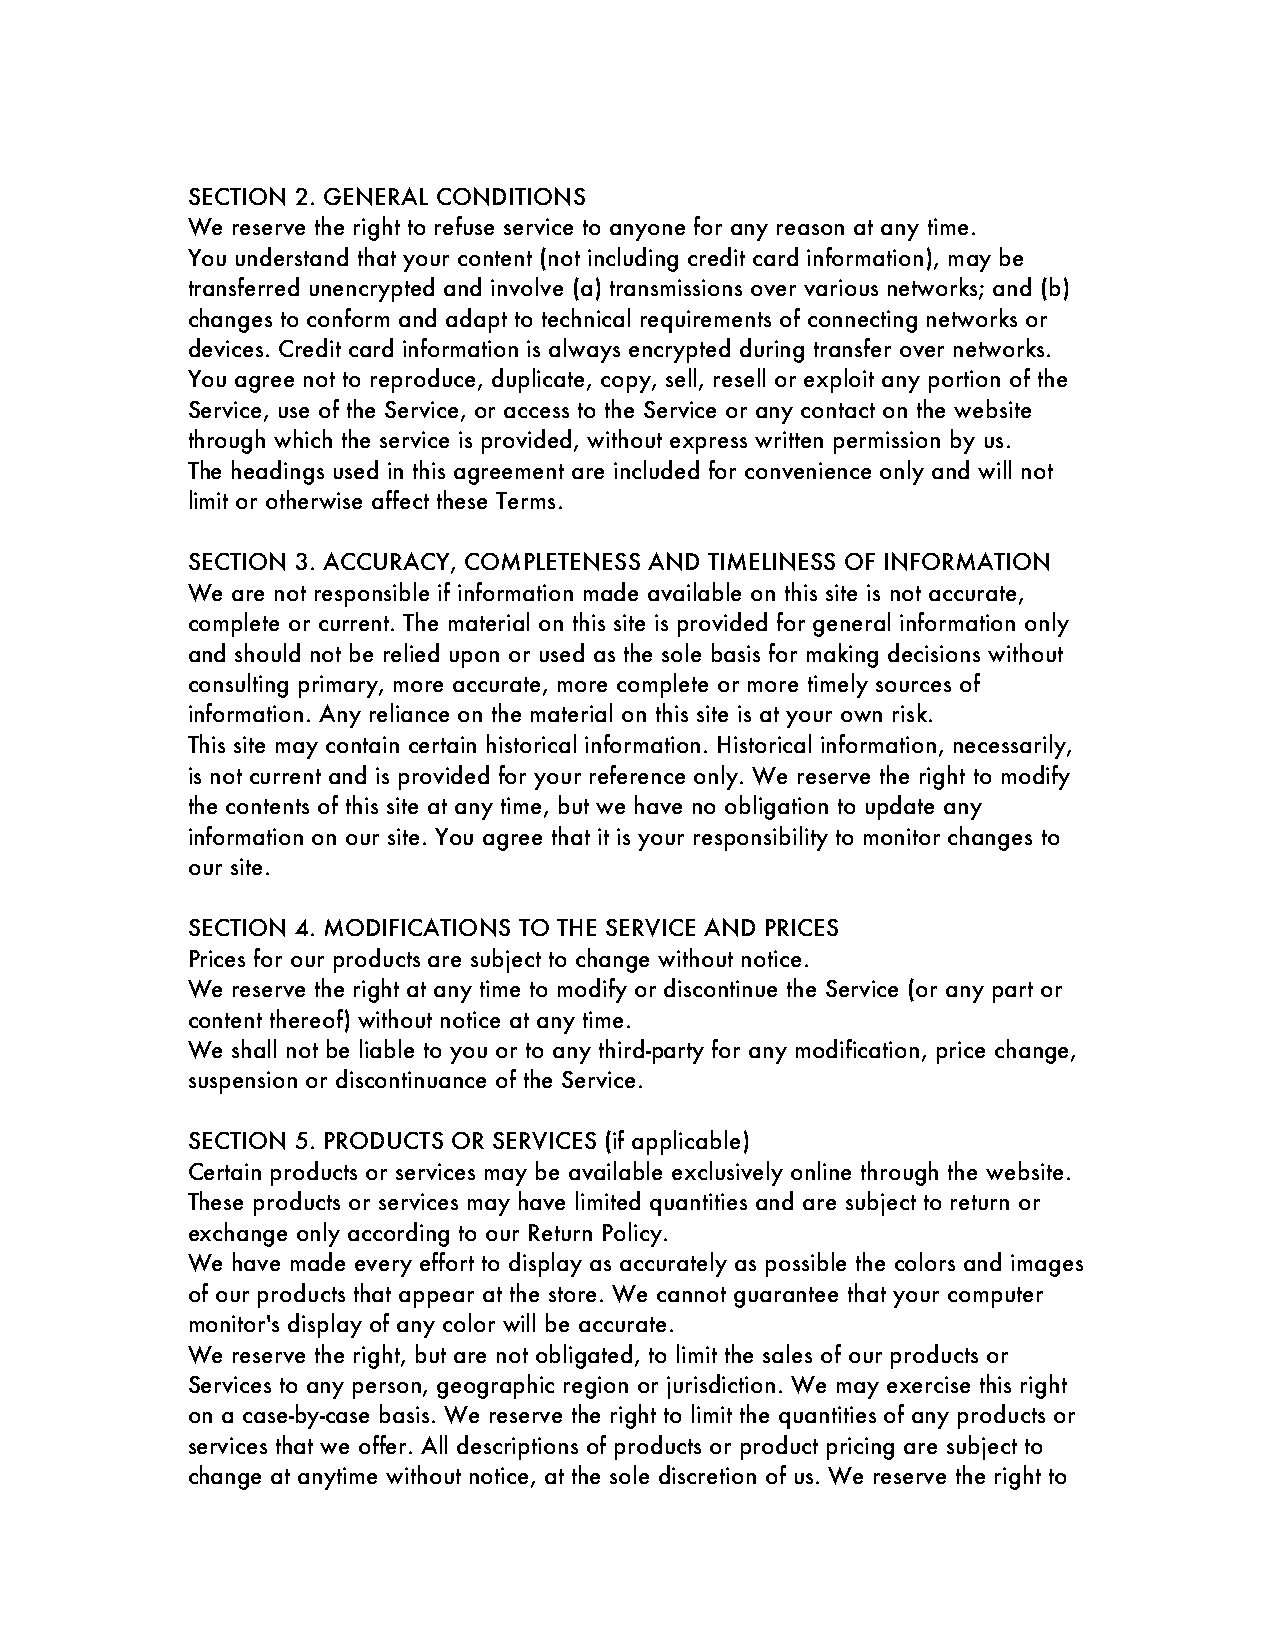
SECTION 2. GENERAL CONDITIONS
 We reserve the right to refuse service to anyone for any reason at any time.
 You understand that your content (not including credit card information), may be
 transferred unencrypted and involve (a) transmissions over various networks; and (b)
 changes to conform and adapt to technical requirements of connecting networks or
 devices. Credit card information is always encrypted during transfer over networks.
 You agree not to reproduce, duplicate, copy, sell, resell or exploit any portion of the
 Service, use of the Service, or access to the Service or any contact on the website
 through which the service is provided, without express written permission by us.
 The headings used in this agreement are included for convenience only and will not
 limit or otherwise affect these Terms.
 SECTION 3. ACCURACY, COMPLETENESS AND TIMELINESS OF INFORMATION
 We are not responsible if information made available on this site is not accurate,
 complete or current. The material on this site is provided for general information only
 and should not be relied upon or used as the sole basis for making decisions without
 consulting primary, more accurate, more complete or more timely sources of
 information. Any reliance on the material on this site is at your own risk.
 This site may contain certain historical information. Historical information, necessarily,
 is not current and is provided for your reference only. We reserve the right to modify
 the contents of this site at any time, but we have no obligation to update any
 information on our site. You agree that it is your responsibility to monitor changes to
 our site.
 SECTION 4. MODIFICATIONS TO THE SERVICE AND PRICES
 Prices for our products are subject to change without notice.
 We reserve the right at any time to modify or discontinue the Service (or any part or
 content thereof) without notice at any time.
 We shall not be liable to you or to any third-party for any modification, price change,
 suspension or discontinuance of the Service.
 SECTION 5. PRODUCTS OR SERVICES (if applicable)
 Certain products or services may be available exclusively online through the website.
 These products or services may have limited quantities and are subject to return or
 exchange only according to our Return Policy.
 We have made every effort to display as accurately as possible the colors and images
 of our products that appear at the store. We cannot guarantee that your computer
 monitor's display of any color will be accurate.
 We reserve the right, but are not obligated, to limit the sales of our products or
 Services to any person, geographic region or jurisdiction. We may exercise this right
 on a case-by-case basis. We reserve the right to limit the quantities of any products or
 services that we offer. All descriptions of products or product pricing are subject to
 change at anytime without notice, at the sole discretion of us. We reserve the right to